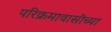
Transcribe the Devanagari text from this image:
परिक्रमावासींच्या